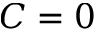
C = 0